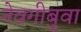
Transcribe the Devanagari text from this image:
नेवगीबुवा